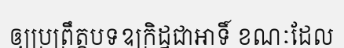
ឲ្យប្រព្រឹត្តបទឧក្រិដ្ឋជាអាទិ៍ ខណៈដែល